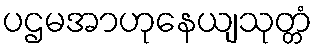
ပဌမအာဟုနေယျသုတ္တံ